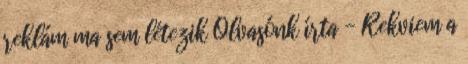
reklám ma sem létezik Olvasónk írta - Rekviem a